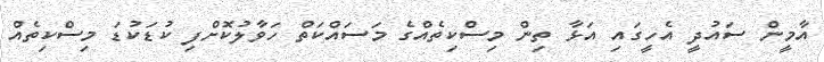
އާމީން ސައުދީ އެހީގައި އަޅާ ތިން މިސްކިތެއްގެ މަސައްކަތް ހަވާލުކޮށްފި ކުޑަކުޑަ މިސްކިތެއް